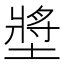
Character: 墏